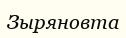
Зыряновта